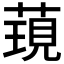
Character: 𮶯